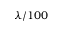
\lambda / 1 0 0